Civil Veterinary Dept. Bombay admin report 1900-1906 - 1900-1906
Year: 1900
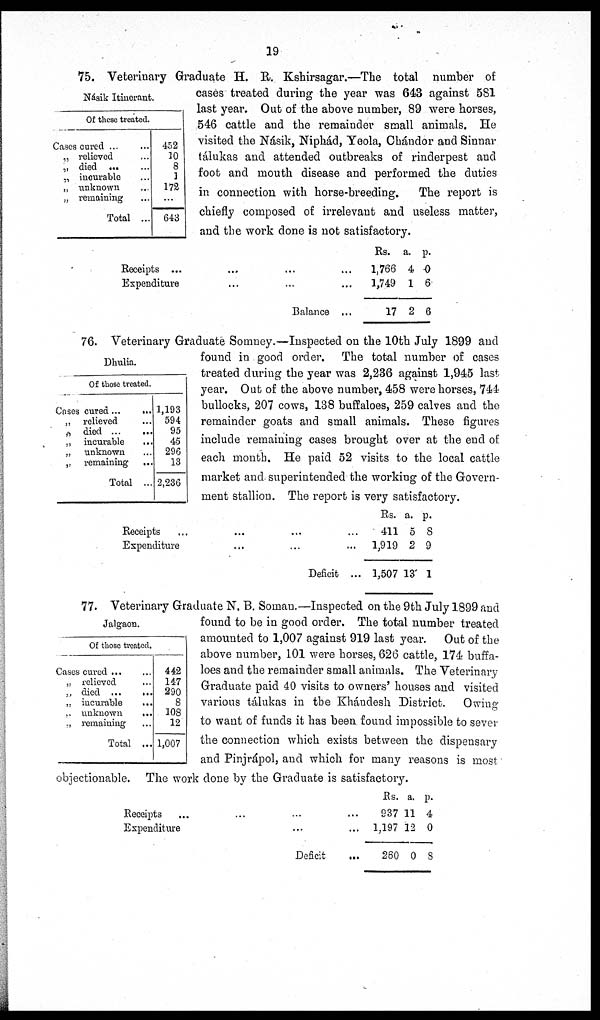
19
Násik Itinerant.
Of these treated.
Cases cured ... ...
„ relieved ...
„ died ... ...
„ incurable ...
„ unknown ...
„ remaining ...
Total ...
452
10
8
1
172
...
643
75. Veterinary Graduate H. R. Kshirsagar.—The total number of
cases treated during the year was 643 against 581
last year. Out of the above number, 89 were horses,
546 cattle and the remainder small animals. He
visited the Násik, Niphád, Yeola, Chándor and Sinnar
tálukas and attended outbreaks of rinderpest and
foot and mouth disease and performed the duties
in connection with horse-breeding.
The report is
chiefly composed of irrelevant and useless matter,
and the work done is not satisfactory.
Receipts ... ...
Expenditure ...
... ...
... ...
Balance ...
Rs.
1,766
1,749
17
a.
4
1
2
p.
0
6
6
Dhulia.
Of those treated.
Cases cured ...
...
„ relieved ...
„ died
...
...
„ incurable ...
„ unknown ...
„ remaining
...
Total ...
1,193
594
95
45
296
13
2,236
76. Veterinary Graduate Somney.—Inspected on the 10th July 1899 and
found in good order. The total number of cases
treated during the year was 2,236 against 1,945 last
year. Out of the above number, 458 were horses, 744
bullocks, 207 cows, 138 buffaloes, 259 calves and the
remainder goats and small animals. These figures
include remaining cases brought over at the end of
each month. He paid 52 visits to the local cattle
market and superintended the working of the Govern-
ment stallion. The report is very satisfactory.
Receipts ... ...
Expenditure ...
... ...
... ...
Deficit
...
Rs. a. p.
411 5 8
1,919 2 9
1,507 13 1
Jalgaon.
Of those treated.
Cases cured
...
...
„ relieved ...
„ died ...
...
„ incurable
...
„ unknown
...
„ remaining ...
Total ...
442
147
290
8
108
12
1,007
77. Veterinary Graduate N. B. Soman.—Inspected on the 9th July 1899 and
found to be in good order. The total number treated
amounted to 1,007 against 919 last year. Out of the
above number, 101 were horses, 626 cattle, 174 buffa-
loes and the remainder small animals. The Veterinary
Graduate paid 40 visits to owners' houses and visited
various tálukas in the Khándesh District.
Owing
to want of funds it has been found impossible to sever
the connection which exists between the dispensary
and Pinjrápol, and which for many reasons is most
objectionable. The work done by the Graduate is satisfactory.
Receipts
...
Expenditure
... ...
...
Deficit
Rs. a. p.
... 937 11 4
...
1,197 12 0
... 260 0 8